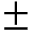
\pm